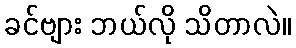
ခင်ဗျား ဘယ်လို သိတာလဲ။